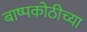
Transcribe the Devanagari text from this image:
बाष्पकोठीच्या